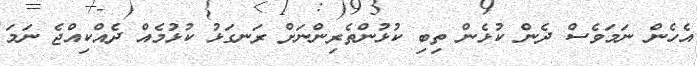
އެހެން ނަމަވެސް ދެން ކުޅެން ތިބި ކުޅުންތެރިންނަށް ރަނގަޅު ކުޅުމެއް ދެއްކިއްޖެ ނަމަ